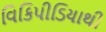
વિકિપીડિયાથી